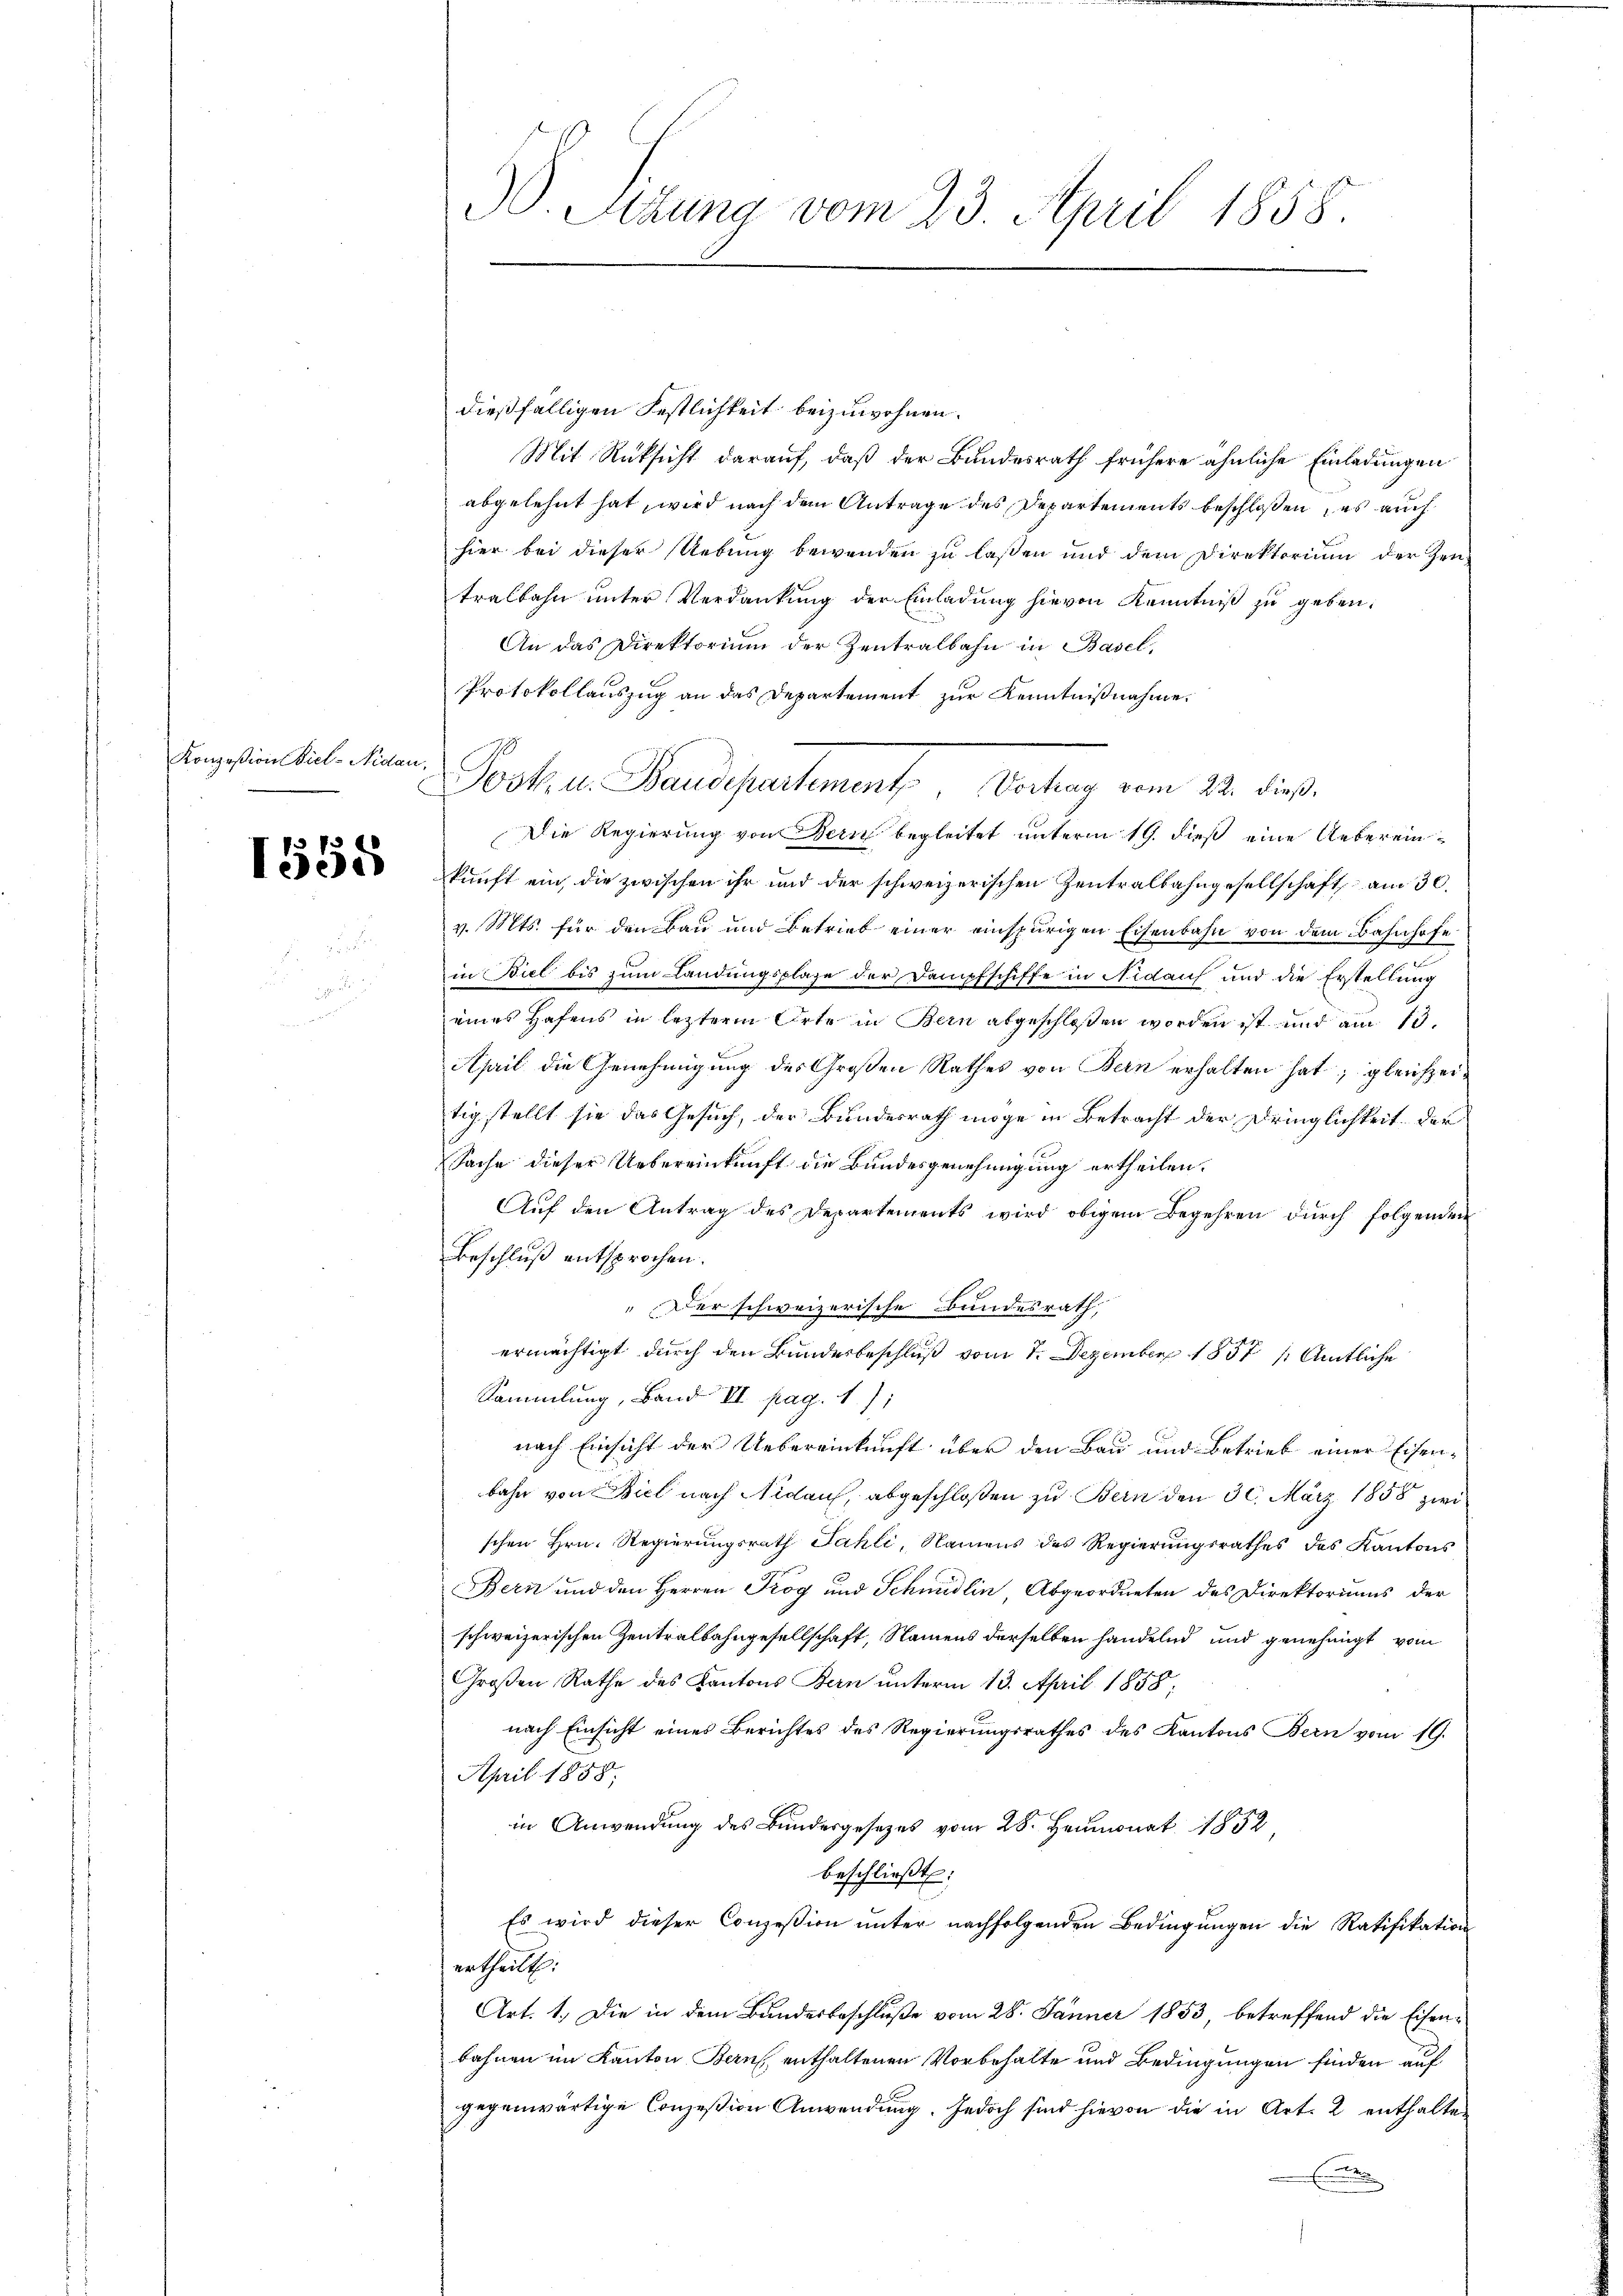
Konzesion Viel-Nidau,

1555

dießfälligen Festlichkeit beizuwohnen.
Mit Rücksicht darauf, daß der Bundesrath frühere ähnliche Einladungen
abgelehnt hat, wird nach dem Antrage des Departements beschloßen, es auch
hier bei dieser Uebung bewenden zu laßen und dem Direktorium der Zentralbahn unter Verdankung der Einladung hievon Kenntniß zu geben.
An das Direktorium der Zentralbahn in Basel,
Protokollauszug an das Departement zur Kenntnißnahme.
Posten Handschartement. Vertrag vom 22. dieß.
Die Regierung von Bern begleitet unterm 19. dieß eine Uebereinkunft ein, die zwischen ihr und der schweizerischen Zentralbahngesellschaft am 30.
v. Mts. für den Bau und Betrieb einer einspurigen Eisenbahn von dem Bahnhofe
in Biel bis zum Landungsplage der Dampfschiffe in Nidauf und die Erstellung
eines Hafens in lezterm Orte in Bern abgeschloßen worden ist und am 13.
April die Genehmigung des Großen Rathes von Bern erhalten hat; gleichzeitig stellt sie das Gesuch, der Bundesrath möge in Betracht der Dringlichkeit der
Sache dieser Uebereinkunft die Bundesgenehmigung ertheilen.
Auf den Antrag des Departements wird obigem Begehren durch folgenden
Beschluß entsprochen.
" Der schweizerische Bundesrath,
ermächtigt durch den Bundesbeschluß vom 7. Dezember 1857 (Amtliche
Sammlung, Band II. pag. 1. /1
nach Einsicht der Uebereinkunft über den Bau und Betrieb einer Eisenbahn von Biel nach Nidau, abgeschloßen zu Bern den 30. März 1858 zwi
schen Hrn. Regierungsrath Sahli, Namens des Regierungsrathes des Kantons
Bern und den Herren Trog und Schmidlin Abgeordneten des Direktoriums der
schweizerischen Zentralbahngesellschaft, Namens derselben handelnd und genehmigt vom
Großen Rathe des Kantons Bern unterm 13. April 1858;
nach Einsicht eines Berichtes des Regierungsrathes des Kantons Bern vom 19.
April 1858.
in Anwendung des Bundesgesetzes vom 28. Heumonat 1852.
beschlieβt:
Es wird dieser Conzesion ŭnter nachfolgenden Bedingŭngen die Ratifikation
ertheilt.
Art. 1. Die in dem Bundesbeschluße vom 28. Jänner 1853, betreffend die Eisenbahnen im Kanton Bern, enthaltenen Vorbehalte und Bedingungen finden auf
gegenwärtige Consession Anwendung. Jedoch sind hievon die in Art. 2 enthalte
E

B. Sitzung vom 23. April 1858.